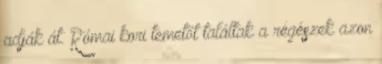
adják át. Római kori temetőt találtak a régészek azon